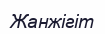
Жанжігіт